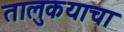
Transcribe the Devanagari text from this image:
तालुकयाचा